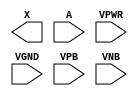
module sky130_fd_sc_ms__dlymetal6s6s (
    X   ,
    A   ,
    VPWR,
    VGND,
    VPB ,
    VNB
);

    output X   ;
    input  A   ;
    input  VPWR;
    input  VGND;
    input  VPB ;
    input  VNB ;
endmodule